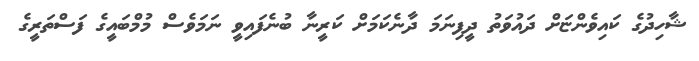
ޝާހިދުގެ ކައިވެންޏަށް ދައުވަތު ދީފިނަމަ ދާނެކަމަށް ކަރީނާ ބުނެފައިވީ ނަމަވެސް މުމްބައީގެ ފަސްތަރީގެ